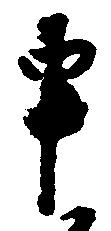
申